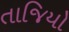
તાજિયો